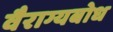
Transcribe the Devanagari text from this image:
वैराग्यबोध